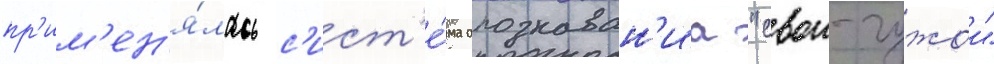
пр'им'ен'я́лась с'ист'е́ма опознаван'иа "свои-чужои"